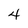
Character: 4